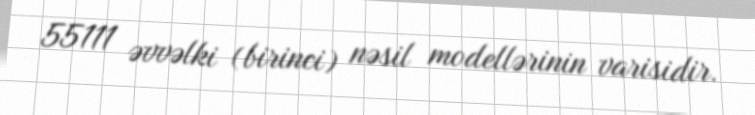
55111 əvvəlki (birinci) nəsil modellərinin varisidir.